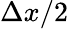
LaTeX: \Delta x/2